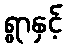
ရွာနှင့်